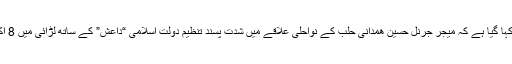
پاسداران انقلاب کے بیان میں کہا گیا ہے کہ میجر جرنل حسین ھمدانی حلب کے نواحلی علاقے میں شدت پسند تنظیم دولت اسلامی “داعش” کے ساتھ لڑائی میں 8 اکتوبر کی رات کو ہلاک ہوئے۔